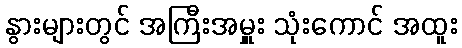
နွားများတွင် အကြီးအမှူး သုံးကောင် အထူး